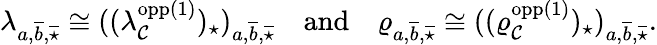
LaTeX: \lambda_{a,\overline{{b}},\overline{{\star}}}\cong((\lambda_{\mathcal{C}}^{\textnormal{opp}(1)})_{\star})_{a,\overline{{b}},\overline{{\star}}}\quad\textnormal{and}\quad\varrho_{a,\overline{{b}},\overline{{\star}}}\cong((\varrho_{\mathcal{C}}^{\textnormal{opp}(1)})_{\star})_{a,\overline{{b}},\overline{{\star}}}.